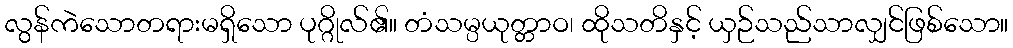
လွန်ကဲသောတရားမရှိသော ပုဂ္ဂိုလ်၏။ တံသမ္ပယုတ္တာဝ၊ ထိုသတိနှင့် ယှဉ်သည်သာလျှင်ဖြစ်သော။